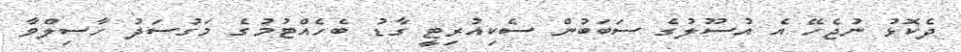
ދެކޮޅު ނުޖެހޭ އެ އުސޫލުގެ ސަބަބުން ސެކިއުރިޓީ ގާޑު ބެހެއްޓުމުގެ މަގުސަދު ހާސިލްވާ